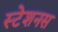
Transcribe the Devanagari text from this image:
स्टेशनस